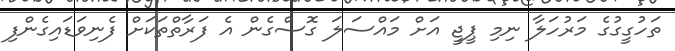
ތަހުގީގުގެ މަރުހަލާ ނިމި ޕީޖީ އަށް މައްސަލަ ގޮސްގެން އެ ފަރާތްތަކަށް ފެނިވަޑައިގެންފި